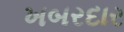
ખબરદાર